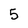
Character: 5